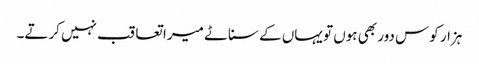
ہزار کوس دور بھی ہوں تو یہاں کے سناٹے میرا تعاقب نہیں کرتے۔